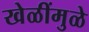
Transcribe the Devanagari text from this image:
खेळींमुळे